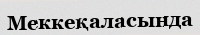
Меккеқаласында